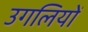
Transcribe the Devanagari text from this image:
उगलियों